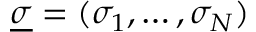
\underline { \sigma } = ( \sigma _ { 1 } , \ldots , \sigma _ { N } )